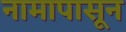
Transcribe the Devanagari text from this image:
नामापासून